system: You are a helpful assistant.
user:
Analyze the provided spectrum to determine if it is a **White Dwarf (WD)**.

A White Dwarf spectrum is defined by its **extreme purity** (due to gravitational settling) and/or **extreme pressure broadening** (due to high surface gravity). You must check for one of the following mutually exclusive signatures:

- **Key Visual Indicators (Check for ONE of these types):**

    - **1. DA-Type Signature (Most Common):**
        - **(Primary Feature):** Extreme pressure broadening (Stark broadening) of the **Hydrogen (H) Balmer lines**.
        - **(Key Lines):** $H\beta$ (approx. $4861$ Å) and $H\gamma$ (approx. $4340$ Å). $H\alpha$ (approx. $6563$ Å) will also be present if the wavelength range covers it.
        - **(Line Profile):** This is the **defining feature**. The lines are **NOT** sharp. They appear as massive, **extremely broad and deep "troughs" or "dips"** in the spectrum, often hundreds of Ångströms wide. The continuum will appear to "scoop" down at these wavelengths.
        - **(Distinction):** Normal A-type or B-type stars have *narrow* and *sharp* Hydrogen lines. A DA White Dwarf's lines are unmistakably "smeared" or "blurry" from pressure.

    - **2. DB-Type Signature:**
        - **(Primary Feature):** Broad absorption lines from **Neutral Helium (He I)**. The spectrum must lack any visible Hydrogen lines.
        - **(Key Lines):** Look for broad absorption near $4471$ Å, $4921$ Å, and $5876$ Å.
        - **(Line Profile):** These lines are also significantly pressure-broadened, appearing much wider than they would in a normal B-type main-sequence star.

    - **3. DC-Type Signature:**
        - **(Primary Feature):** A **featureless continuous spectrum**.
        - **(Line Profile):** The spectrum is a smooth curve with **no significant absorption or emission lines**.
        - **(Key Confirmation):** The continuum is almost always **blue or white**, indicating a hot object. This signature implies the atmosphere is so pure (or so cool) that no spectral lines are visible in the optical range. Its WD identity is confirmed by its extremely low intrinsic brightness (high absolute magnitude).

    - **4. DZ-Type Signature (Metal-Polluted):**
        - **(Primary Feature):** **Isolated, narrow metal absorption lines** on an otherwise featureless (DC-like) continuum.
        - **(Key Lines):** The **Calcium (Ca II) H & K doublet** (approx. **$3934$ Å** and **$3968$ Å**) is the most common and defining feature.
        - **(Line Profile):** These lines are "out of place." They are *not* part of a "forest" of thousands of lines. This signature is evidence of recent *accretion* (pollution) from rocky debris.
        - **(Distinction):** Normal G/K/M stars have a *dense forest* of thousands of metal lines. A DZ has a *clean* continuum with *only a few* strong metal lines.

    - **5. DQ-Type Signature (Carbon-Polluted):**
        - **(Primary Feature):** Absorption bands from **Carbon (C₂ "Swan Bands" or atomic C I)**.
        - **(Key Lines - C₂):** Look for bandheads with a "saw-tooth" shape near $5635$ Å, **$5165$ Å** (strongest), and $4737$ Å.
        - **(Key Confirmation):** The underlying **continuum must be blue or white** (hot).
        - **(Distinction):** This is the critical difference from a **Carbon Star**, which has the *exact same* C₂ bands but on an extremely **red, cool** continuum.

- **(Overall Spectrum):**
    - The continuum (overall shape) is typically **blue-sloping** (brighter in the blue than the red), as most white dwarfs are very hot.
    - The spectrum will look "pure" or "simple," dominated by only *one* of the five signatures listed above.

Think first, call **spectral_visualization_tool** if needed to examine features in detail, then provide your final answer. Your response must adhere to the following strict rules:
1.  **Overall Structure:** Your response must follow the format `<think>...</think> <tool_call>...</tool_call> (if a tool is used) <answer>...</answer>`.
2.  **Tool Usage Constraint:** You may only make **one** tool call per turn.
3.  **Final Answer Format:** In the `<answer>` tag, your conclusion must be inside a `\boxed{}` command (e.g., `\boxed{YES}` or `\boxed{NO}`), followed by your justification.

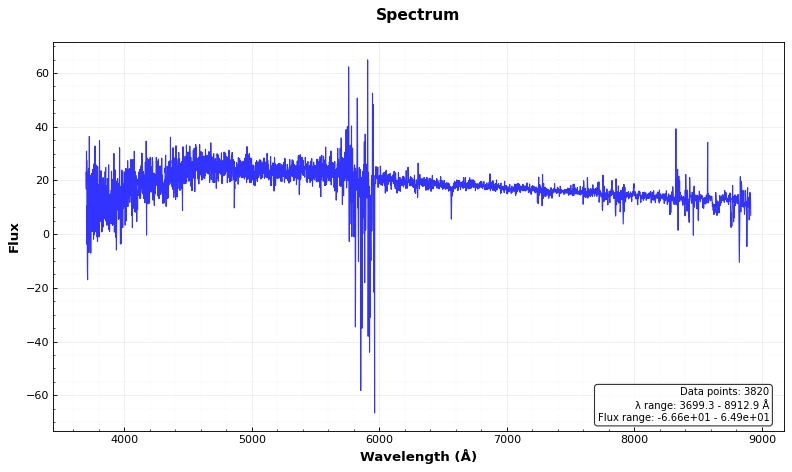
Answer: NO